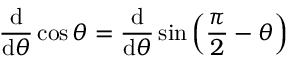
{ \frac { \operatorname { d } } { \operatorname { d } \! \theta } } \cos \theta = { \frac { \operatorname { d } } { \operatorname { d } \! \theta } } \sin \left( { \frac { \pi } { 2 } } - \theta \right)